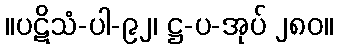
။ပဋိသံ-ပါ-၉၂၊ ဋ္ဌ-ပ-အုပ် ၂၈၀။